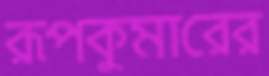
রূপকুমারের